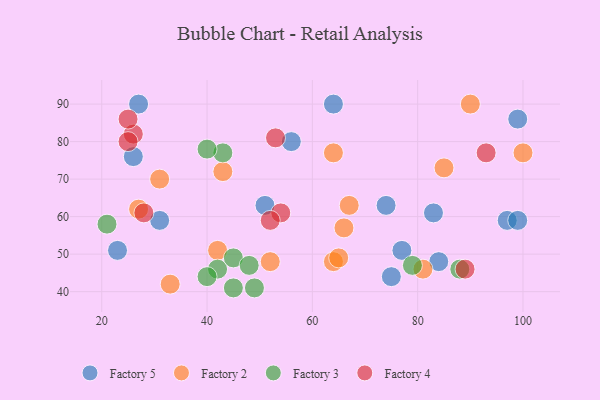
{"axis": {"x": "GDP", "y": "Life Expectancy"}, "legend": ["Factory 2", "Factory 3", "Factory 4", "Factory 5"], "data": [{"x": "74", "y": 63, "type": "Factory 5"}, {"x": "51", "y": 63, "type": "Factory 5"}, {"x": "97", "y": 59, "type": "Factory 5"}, {"x": "75", "y": 44, "type": "Factory 5"}, {"x": "83", "y": 61, "type": "Factory 5"}, {"x": "23", "y": 51, "type": "Factory 5"}, {"x": "26", "y": 76, "type": "Factory 5"}, {"x": "99", "y": 86, "type": "Factory 5"}, {"x": "84", "y": 48, "type": "Factory 5"}, {"x": "77", "y": 51, "type": "Factory 5"}, {"x": "56", "y": 80, "type": "Factory 5"}, {"x": "27", "y": 90, "type": "Factory 5"}, {"x": "64", "y": 90, "type": "Factory 5"}, {"x": "99", "y": 59, "type": "Factory 5"}, {"x": "31", "y": 59, "type": "Factory 5"}, {"x": "85", "y": 73, "type": "Factory 2"}, {"x": "67", "y": 63, "type": "Factory 2"}, {"x": "43", "y": 72, "type": "Factory 2"}, {"x": "64", "y": 48, "type": "Factory 2"}, {"x": "52", "y": 48, "type": "Factory 2"}, {"x": "27", "y": 62, "type": "Factory 2"}, {"x": "64", "y": 77, "type": "Factory 2"}, {"x": "100", "y": 77, "type": "Factory 2"}, {"x": "81", "y": 46, "type": "Factory 2"}, {"x": "33", "y": 42, "type": "Factory 2"}, {"x": "65", "y": 49, "type": "Factory 2"}, {"x": "42", "y": 51, "type": "Factory 2"}, {"x": "31", "y": 70, "type": "Factory 2"}, {"x": "66", "y": 57, "type": "Factory 2"}, {"x": "90", "y": 90, "type": "Factory 2"}, {"x": "88", "y": 46, "type": "Factory 3"}, {"x": "42", "y": 46, "type": "Factory 3"}, {"x": "45", "y": 49, "type": "Factory 3"}, {"x": "21", "y": 58, "type": "Factory 3"}, {"x": "79", "y": 47, "type": "Factory 3"}, {"x": "49", "y": 41, "type": "Factory 3"}, {"x": "43", "y": 77, "type": "Factory 3"}, {"x": "40", "y": 78, "type": "Factory 3"}, {"x": "40", "y": 44, "type": "Factory 3"}, {"x": "45", "y": 41, "type": "Factory 3"}, {"x": "48", "y": 47, "type": "Factory 3"}, {"x": "93", "y": 77, "type": "Factory 4"}, {"x": "53", "y": 81, "type": "Factory 4"}, {"x": "89", "y": 46, "type": "Factory 4"}, {"x": "26", "y": 82, "type": "Factory 4"}, {"x": "25", "y": 86, "type": "Factory 4"}, {"x": "54", "y": 61, "type": "Factory 4"}, {"x": "28", "y": 61, "type": "Factory 4"}, {"x": "25", "y": 80, "type": "Factory 4"}, {"x": "52", "y": 59, "type": "Factory 4"}]}